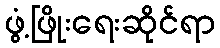
ဖွံ့ဖြိုးရေးဆိုင်ရာ